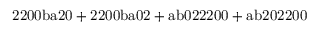
\mathrm { 2 2 0 0 b a 2 0 + 2 2 0 0 b a 0 2 + a b 0 2 2 2 0 0 + a b 2 0 2 2 0 0 }